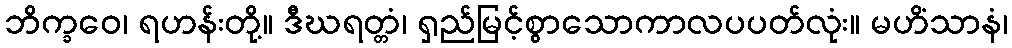
ဘိက္ခဝေ၊ ရဟန်းတို့။ ဒီဃရတ္တံ၊ ရှည်မြင့်စွာသောကာလပပတ်လုံး။ မဟိံသာနံ၊